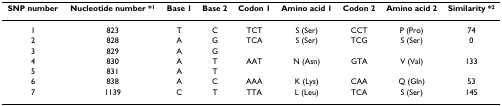
| SNP number | Nucleotide number *1 | Base 1 | Base 2 | Codon 1 | Amino acid 1 | Codon 2 | Amino acid 2 | Similarity *2 |
 | --- | --- | --- | --- | --- | --- | --- | --- | --- |
 | 1 | 823 | T | C | TCT | S (Ser) | CCT | P (Pro) | 74 |
 | 2 | 828 | A | G | TCA | S (Ser) | TCG | S (Ser) | 0 |
 | 3 | 829 | A | G |  |  |  |  |  |
 | 4 | 830 | A | T | AAT | N (Asn) | GTA | V (Val) | 133 |
 | 5 | 831 | A | T |  |  |  |  |  |
 | 6 | 838 | A | C | AAA | K (Lys) | CAA | Q (Gln) | 53 |
 | 7 | 1139 | C | T | TTA | L (Leu) | TCA | S (Ser) | 145 |